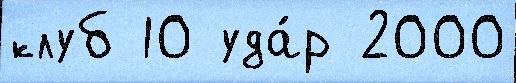
клуб 10 уда́р 2000